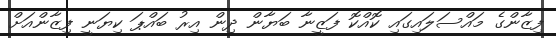
ފިޒާންގެ މައްސަލައިގައި ކޮއްކޮ ފަޒީނާ ބަޔާން ދިން އިރު ބައްޕަ ކިޔަނީ ފިޒާންއަށް